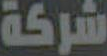
شركة